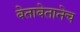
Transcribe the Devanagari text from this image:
बेताबेतानेच